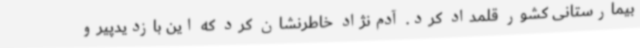
بیمارستانی کشور قلمداد کرد. آدم‌نژاد خاطرنشان کرد که این بازدیدپیرو